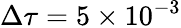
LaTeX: \Delta\tau=5\times 10^{-3}